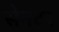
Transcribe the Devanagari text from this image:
सेनटर